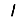
Digit: 1